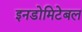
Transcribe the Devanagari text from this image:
इनडोमिटेबल